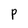
Character: P